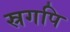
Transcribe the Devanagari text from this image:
स्रगपि